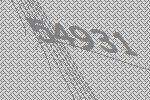
54931